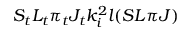
S _ { t } L _ { t } \pi _ { t } J _ { t } k _ { i } ^ { 2 } l ( S L \pi J )